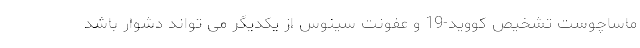
ماساچوست تشخیص کووید-19 و عفونت سینوس از یکدیگر می تواند دشوار باشد